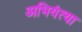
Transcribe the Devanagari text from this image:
अभियंत्या